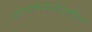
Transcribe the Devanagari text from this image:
आल्बममध्येदेखील